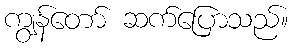
ကျွန်တော် ဆက်ပြောသည်။